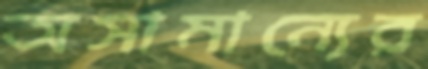
অসামান্যের